Kolga_vallavalitsus, lk 27
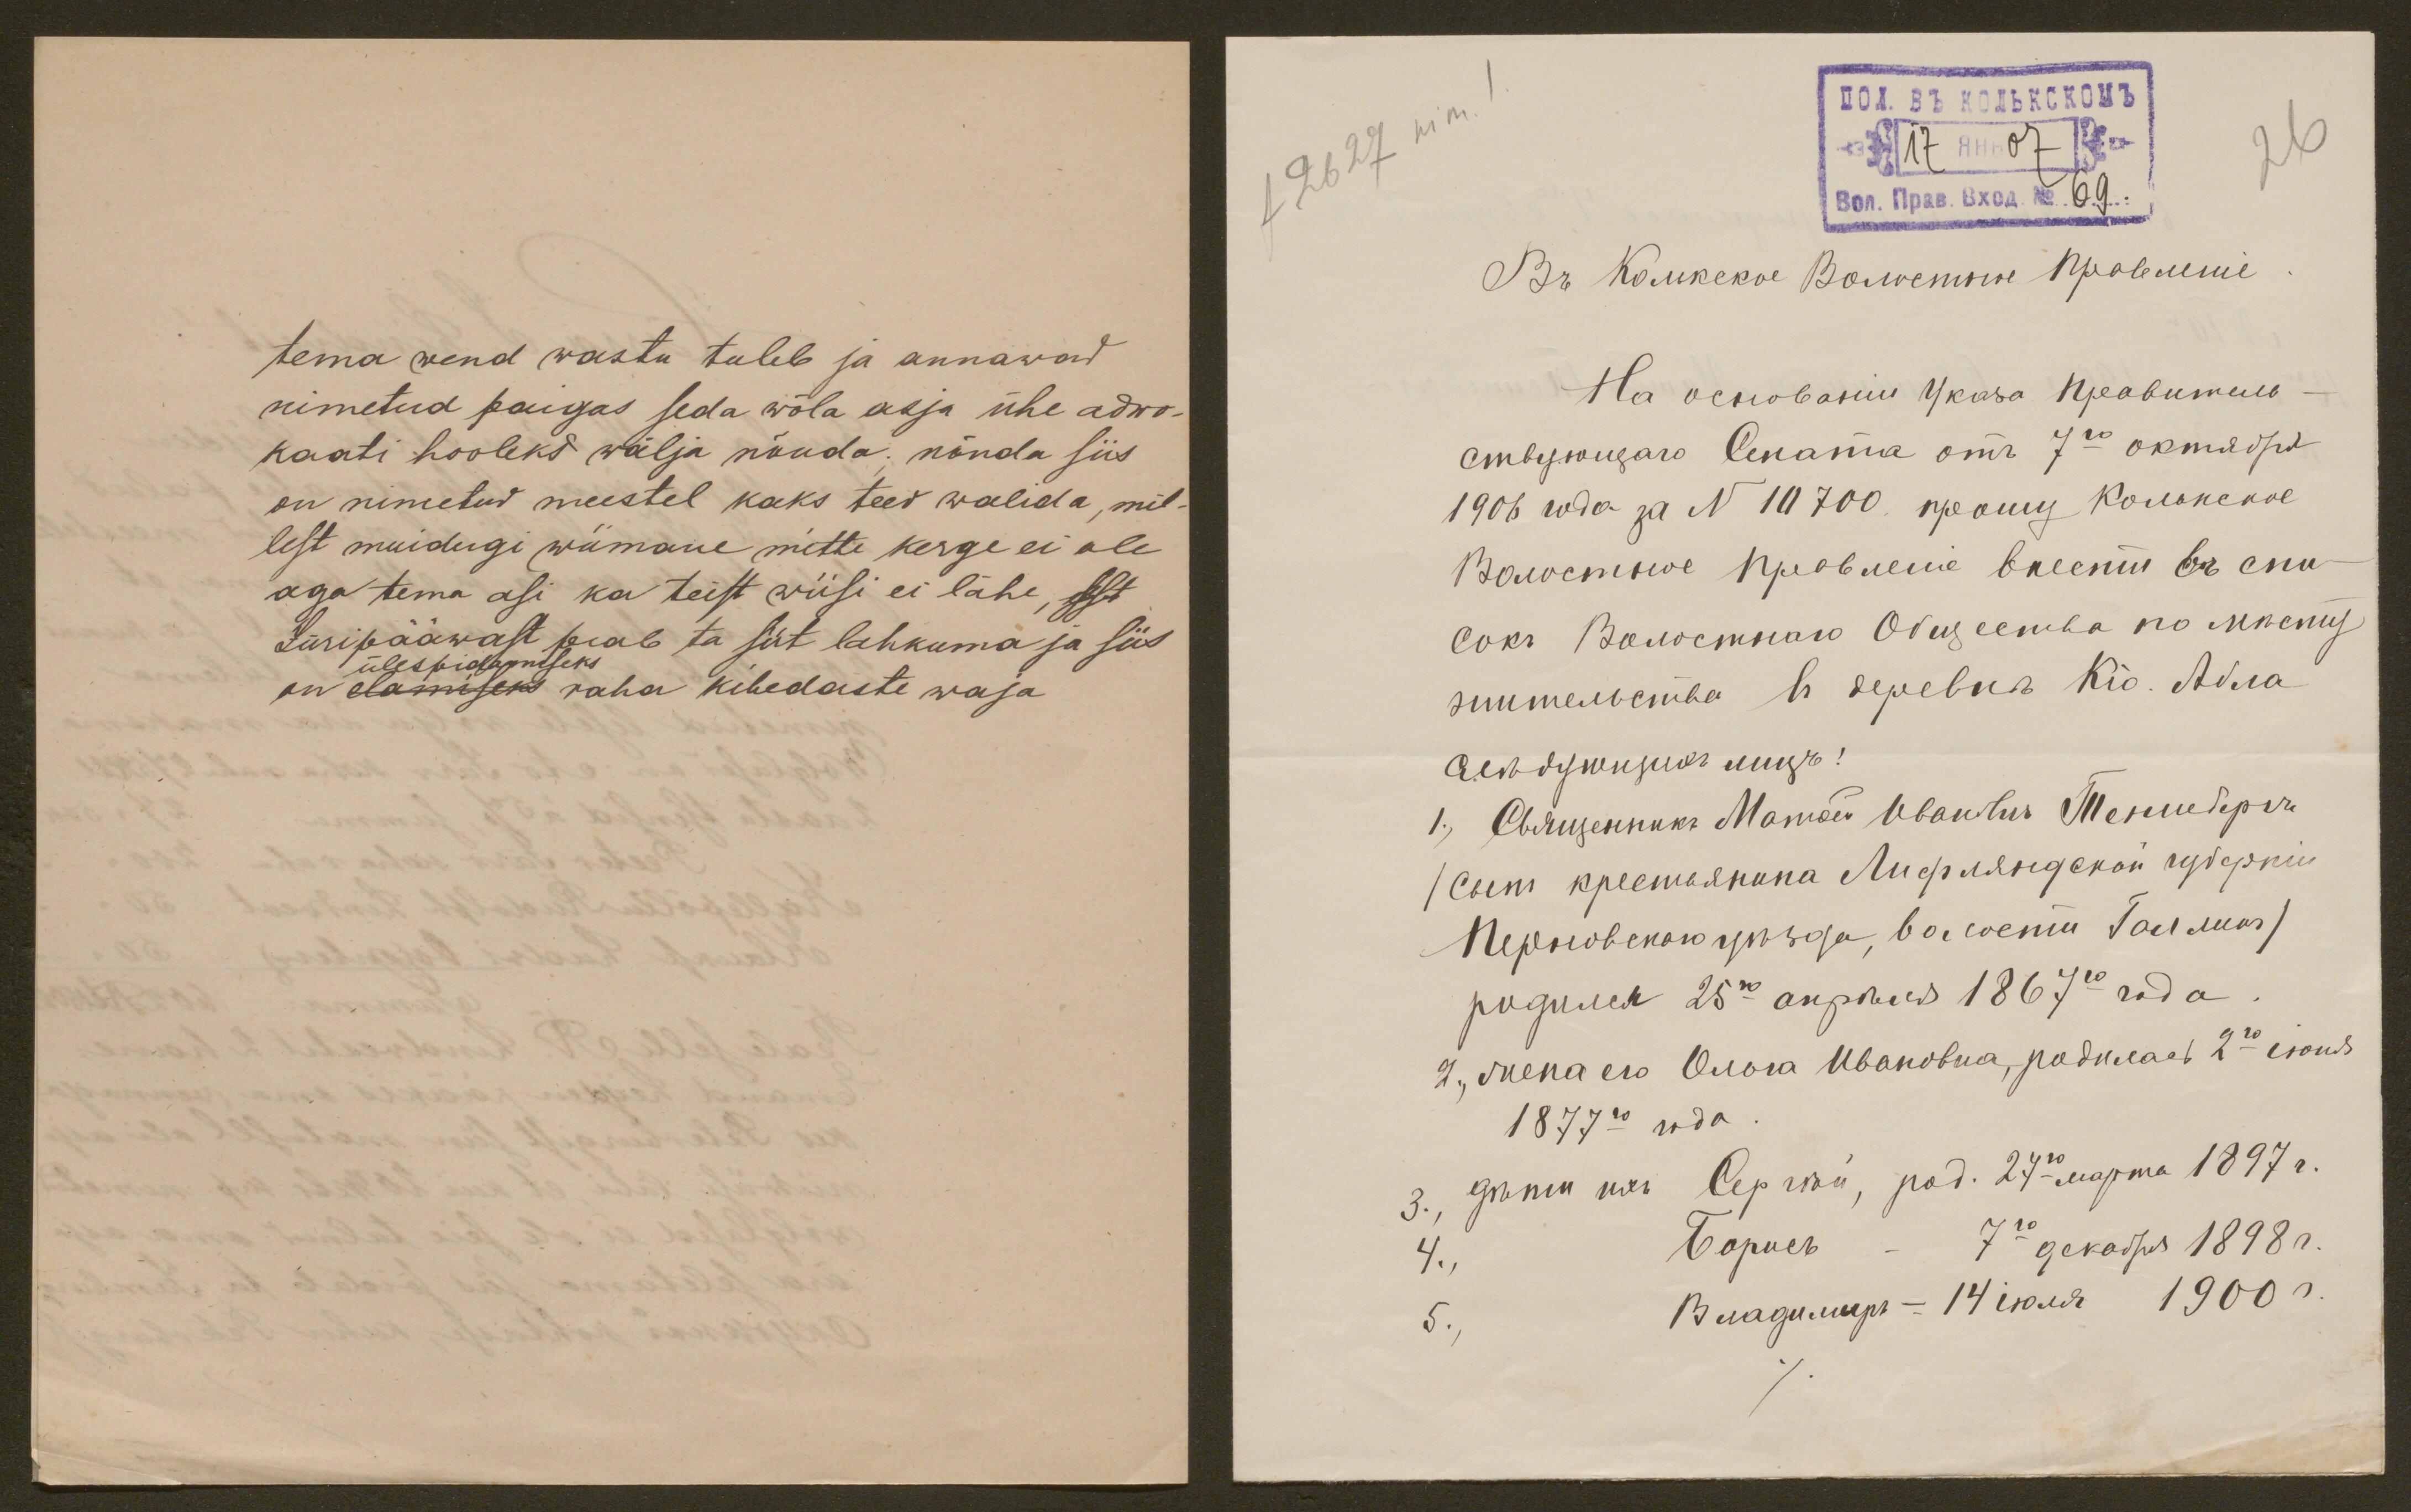
tema vend wastu tuleb ja annawad
nimetud paigas seda wõla asja ühe adwo-
kaati hooleks wälja nõuda; nõnda siis
on nimetud meestel kaks teed walida, mil-
lest muidugi wiimane mitte kerge ei ole
aga tema asi ka teist wiisi ei lähe, sest
Jüripääwast peab ta siit lahkuma ja siis
ülespidamiseks
on elamiseks raha kibedaste waja